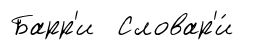
Барр'и Словар'и́